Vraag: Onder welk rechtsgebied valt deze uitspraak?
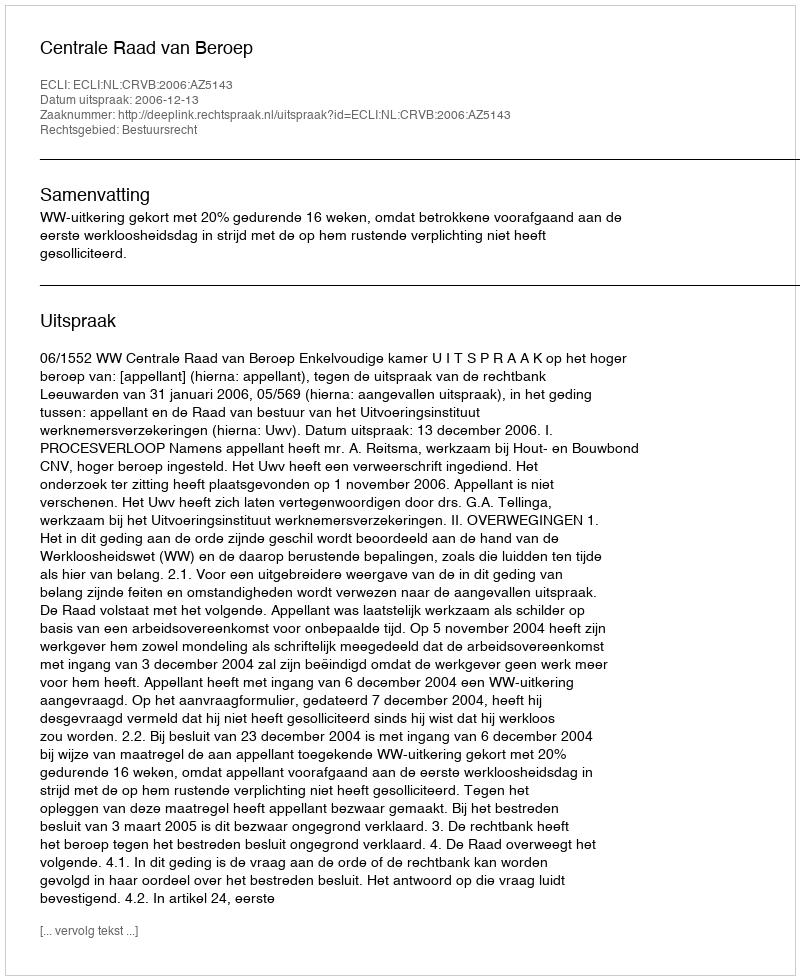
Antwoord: Bestuursrecht